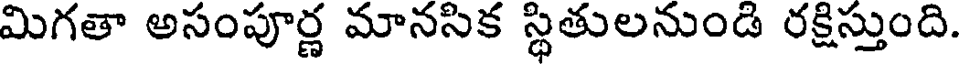
మిగతా అసంపూర్ణ మానసిక స్థితులనుండి రక్షిస్తుంది.